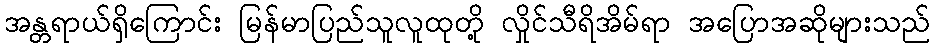
အန္တရာယ်ရှိကြောင်း မြန်မာပြည်သူလူထုတို့ လှိုင်သီရိအိမ်ရာ အပြောအဆိုများသည်